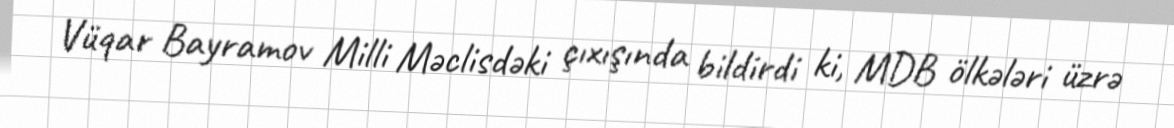
Vüqar Bayramov Milli Məclisdəki çıxışında bildirdi ki, MDB ölkələri üzrə